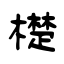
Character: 檚